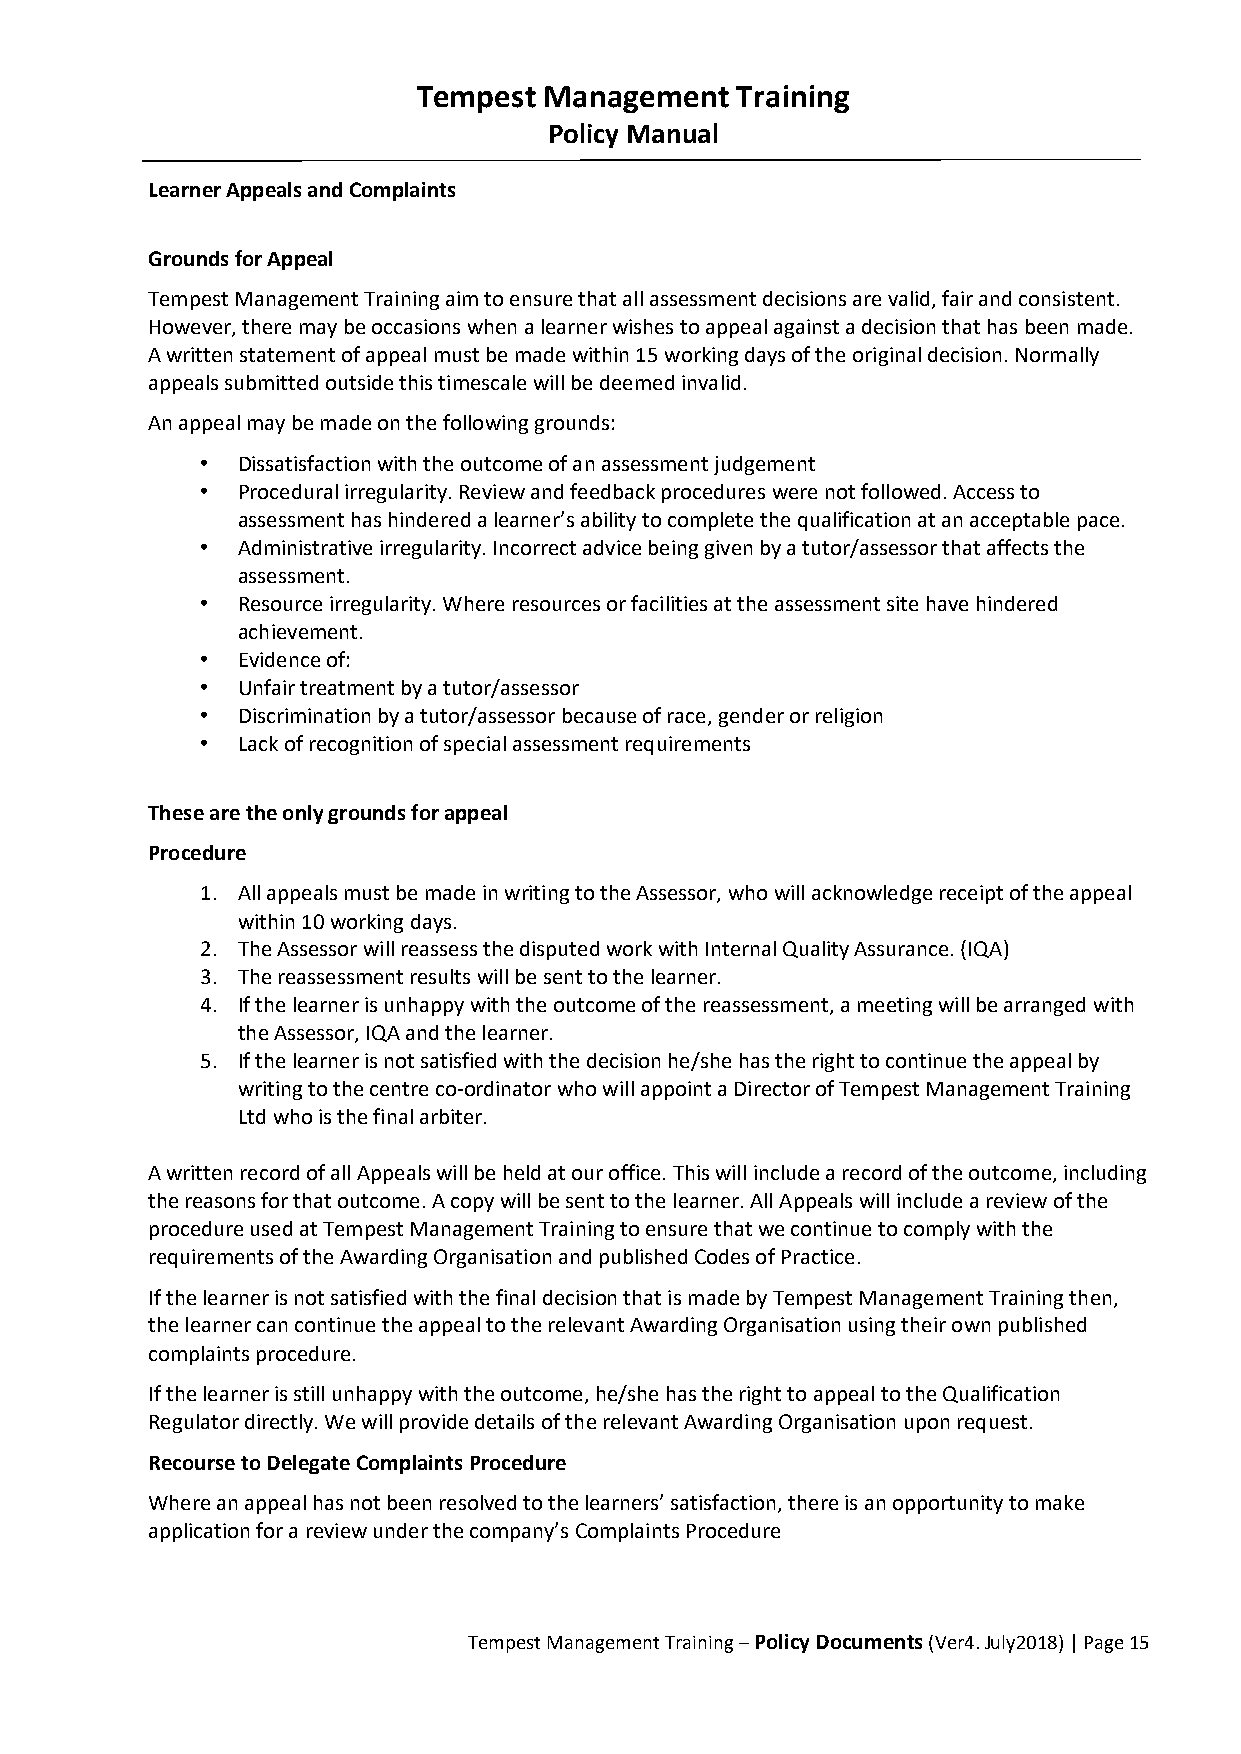
Tempest Management   Training
 Policy Manual
 Learner Appeals and Complaints
 Grounds for Appeal
 Tempest Management Training aim to ensure that all assessment decisions are valid, fair and consistent.
 However, there may be occasions when a learner wishes to appeal against a decision that has been made.
 A written statement of appeal must be made within 15 working days of the original decision. Normally
 appeals submitted outside this timescale will be deemed invalid.
 An appeal may be made on the following grounds:
 •  Dissatisfaction with the outcome of an assessment judgement
 •  Procedural irregularity. Review and feedback procedures were not followed. Access to
 assessment has hindered a learner’s ability to complete the qualification at an acceptable pace.
 •  Administrative irregularity. Incorrect advice being given by a tutor/assessor that affects the
 assessment.
 •  Resource irregularity. Where resources or facilities at the assessment site have hindered
 achievement.
 •  Evidence of:
 •  Unfair treatment by a tutor/assessor
 •  Discrimination by a tutor/assessor because of race, gender or religion
 •  Lack of recognition of special assessment requirements
 These are the only grounds for appeal
 Procedure
 1. All appeals must be made in writing to the Assessor, who will acknowledge receipt of the appeal
 within 10 working days.
 2. The Assessor will reassess the disputed work with Internal Quality Assurance. (IQA)
 3. The reassessment results will be sent to the learner.
 4. If the learner is unhappy with the outcome of the reassessment, a meeting will be arranged with
 the Assessor, IQA and the learner.
 5. If the learner is not satisfied with the decision he/she has the right to continue the appeal by
 writing to the centre co-ordinator who will appoint a Director of Tempest Management Training
 Ltd who is the final arbiter.
 A written record of all Appeals will be held at our office. This will include a record of the outcome, including
 the reasons for that outcome. A copy will be sent to the learner. All Appeals will include a review of the
 procedure used at Tempest Management Training to ensure that we continue to comply with the
 requirements of the Awarding Organisation and published Codes of Practice.
 If the learner is not satisfied with the final decision that is made by Tempest Management Training then,
 the learner can continue the appeal to the relevant Awarding Organisation using their own published
 complaints procedure.
 If the learner is still unhappy with the outcome, he/she has the right to appeal to the Qualification
 Regulator directly. We will provide details of the relevant Awarding Organisation upon request.
 Recourse to Delegate Complaints Procedure
 Where an appeal has not been resolved to the learners’ satisfaction, there is an opportunity to make
 application for a review under the company’s Complaints Procedure
 Tempest Management Training – Policy Documents (Ver4. July2018) | Page 15